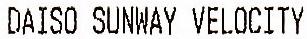
DAISO SUNWAY VELOCITY